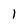
Character: I